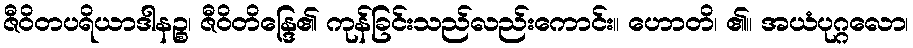
ဇီဝိတပရိယာဒါနဉ္စ၊ ဇီဝိတိန္ဒြေ၏ ကုန်ခြင်းသည်လည်းကောင်း။ ဟောတိ၊ ၏။ အယံပုဂ္ဂလော၊